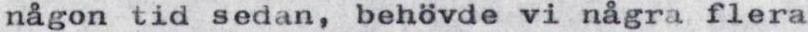
någon tid sedan, behövde vi några flera